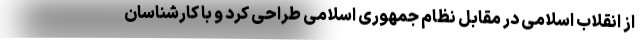
از انقلاب اسلامی در مقابل نظام جمهوری اسلامی طراحی کرد و با کارشناسان